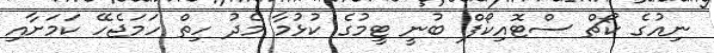
ނިއުގެ ކޯޗް ސްޓޮއިކޯފް ބުނީ ޓީމުގެ ކުޅުމާ މެދު ހިތް ހަމަޖެހޭ ކަމަށާއި